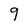
Character: 9